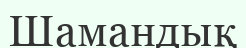
Шамандық